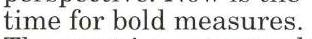
time for bold measures.